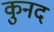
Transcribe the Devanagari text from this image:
कुनद